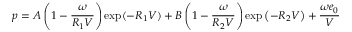
p = A \left( 1 - { \frac { \omega } { R _ { 1 } V } } \right) \exp ( - R _ { 1 } V ) + B \left( 1 - { \frac { \omega } { R _ { 2 } V } } \right) \exp \left( - R _ { 2 } V \right) + { \frac { \omega e _ { 0 } } { V } }